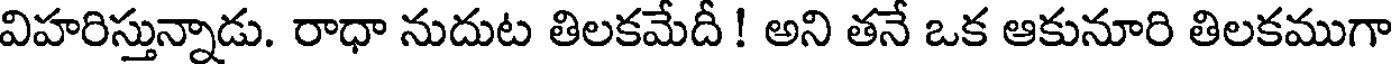
విహరిస్తున్నాడు. రాధా నుదుట తిలకమేదీ ! అని తనే ఒక ఆకునూరి తిలకముగా